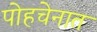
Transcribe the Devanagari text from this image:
पोहचेनात